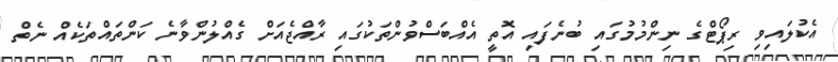
އެކުލައިވި ރިޕޯޓްގެ ނިންމުމުގައި ބުނެފައި އޮތީ އެއްބަސްވުންތަކުގައި ރާއްޖެއަށް ގެއްލުންވާނެ ކަންތައްތަކެއް ނެތް